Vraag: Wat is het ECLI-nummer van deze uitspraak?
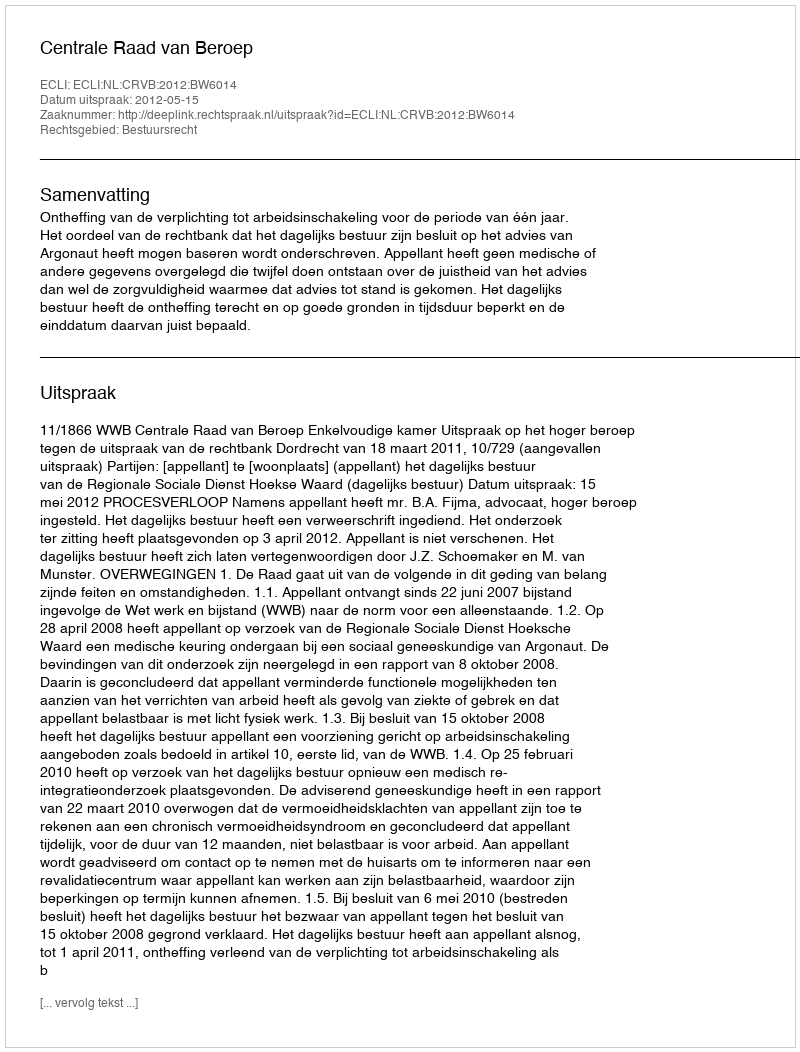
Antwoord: ECLI:NL:CRVB:2012:BW6014